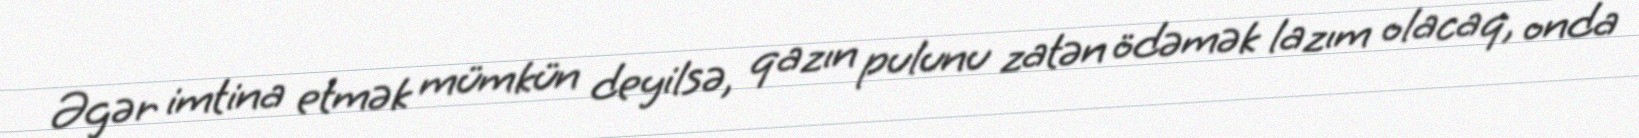
Əgər imtina etmək mümkün deyilsə, qazın pulunu zatən ödəmək lazım olacaq, onda